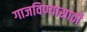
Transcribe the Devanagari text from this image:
गाजविण्यासाठी